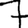
Digit: 7